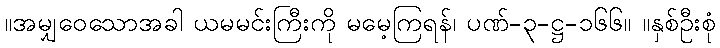
။အမျှဝေသောအခါ ယမမင်းကြီးကို မမေ့ကြရန်၊ ပဏ်-၃-ဋ္ဌ-၁၆၆။ ။နှစ်ဦးစုံ